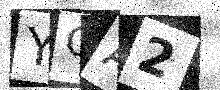
Text: YOA2